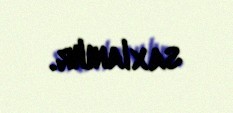
saxlanılır.